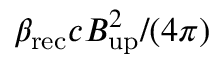
\beta _ { \mathrm { r e c } } c B _ { \mathrm { u p } } ^ { 2 } / ( 4 \pi )